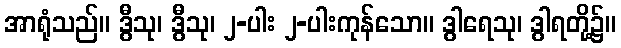
အာရုံသည်။ ဒွီသု၊ ဒွီသု၊ ၂-ပါး ၂-ပါးကုန်သော။ ဒွါရေသု၊ ဒွါရတို့၌။